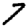
Digit: 7